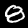
Label: 8